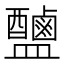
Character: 𱲠